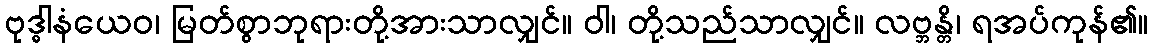
ဗုဒ္ဓါနံယေဝ၊ မြတ်စွာဘုရားတို့အားသာလျှင်။ ဝါ၊ တို့သည်သာလျှင်။ လဗ္ဘန္တိ၊ ရအပ်ကုန်၏။